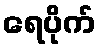
ရေပိုက်